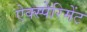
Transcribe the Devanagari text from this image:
ऐक्स्पेरिमेंट